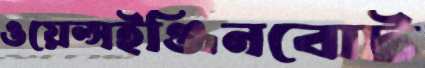
ওয়েল্সইঞ্জিনবোট